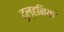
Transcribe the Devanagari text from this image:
दुल्हनियां